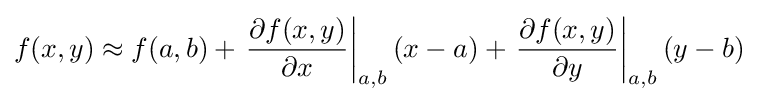
f(x,y)\approx f(a,b)+\left.{\frac {\partial f(x,y)}{\partial x}}\right|_{a,b}(x-a)+\left.{\frac {\partial f(x,y)}{\partial y}}\right|_{a,b}(y-b)